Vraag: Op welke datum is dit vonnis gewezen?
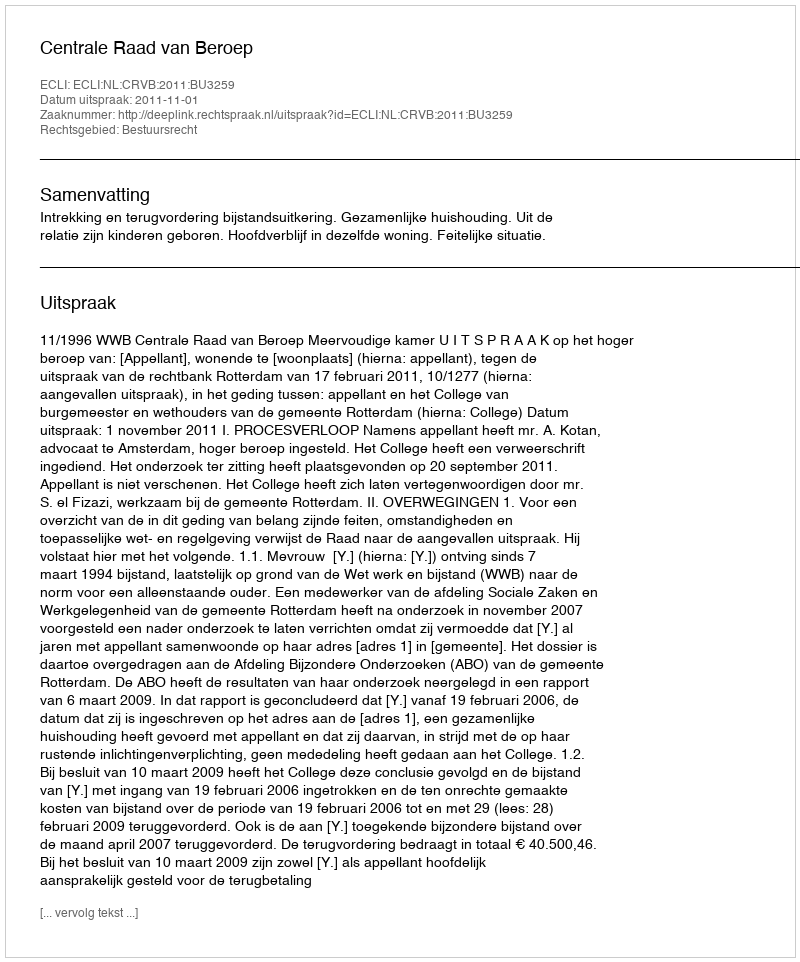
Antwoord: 2011-11-01